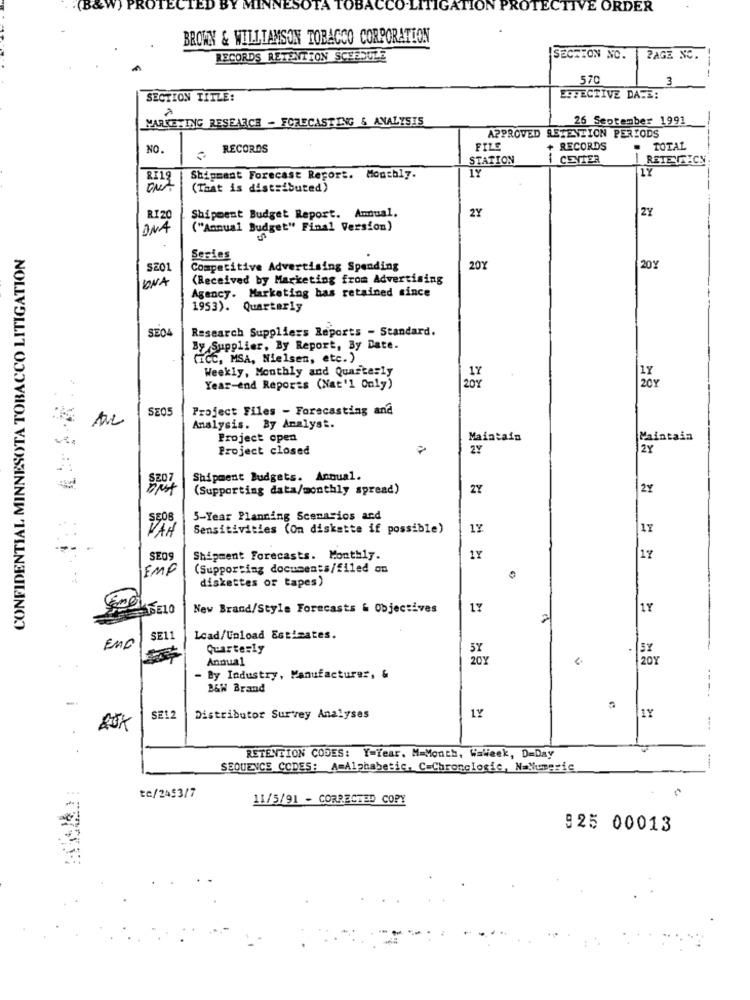
TA TOBACCO.
TIGATION PRO
ECT
E ORDER
BROWN & WILLIAMSON TOBACCO CORPORATION
RECORDS RETENTION SCHEDULE
SECTION NO.
PAGE NC.
570
3
SECTION TITLE:
ESPECTIVE DATE:
MARKETING RESEARCH - FORECASTING & ANALYSIS
26 September 1991
APPROVED RETENTION PERIODS
NO.
RECORDS
FILE
RECORDS
TOTAL
STATION
-
CENTER
RETE TRECN
1Y
Shipment Forecast Report. Monthly.
(That is distributed)
2Y
2Y
RIZ
Shipment Budget Report. Amual.
IONA
("Annual Budget" Final Version)
CONFIDENTIAL MINNESOTA TOBACCO LITIGATION
Series
SE01
Competitive Advertising Spending
20Y
20Y
BONA
(Received by Marketing from Advertising
Agency. Marketing bas retained since
1953). Quarterly
SE04
Research Suppliers Reports - Standard.
By Supplier, By Report, By Date.
(ICC, MSA, Nielsen, etc. )
Weekly, Monthly and Quarterly
Year-end Reports (Nat'l Only)
20%
SE05
Project Files - Forecasting and
Analysis. By Analyst.
Project open
Maintain
Maintain
Project closed
2Y
2Y
Shipment Budgets. Annual.
(Supporting data/monthly spread)
2Y
2%
5-Year Planning Scenarios and
VAN
Sensitivities (On diskatte if possible)
1Y
SEOg
Shipment Forecasts. Monthly.
1Y
17
EMP
(Supporting documents/filed on
diskettes or tapes)
CABELO
New Brand/Style Forecasts & Objectives
17
1Y
2
SE11
Load/Upload Estimates.
EMD
Quarterly
5X
5%
Annual
20Y
- By Industry, Manufacturer, &
B&W Brand
SE12
Distributor Survey Analyses
1Y
1Y
----
RETENTION CODES: Y=Year. M=Month, WaWeek, D=Day
SEQUENCE CODES: A=Alphabetic, C=Chronologie, NaNumeric
tc/2453/7
11/5/91 - CORRECTED COPY
925 00013